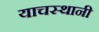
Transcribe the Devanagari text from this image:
याचस्थानी